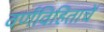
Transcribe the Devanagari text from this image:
वर्णविहिताचें